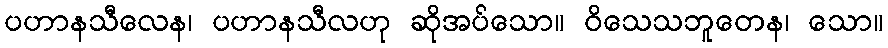
ပဟာနသီလေန၊ ပဟာနသီလဟု ဆိုအပ်သော။ ဝိသေသဘူတေန၊ သော။